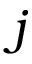
j